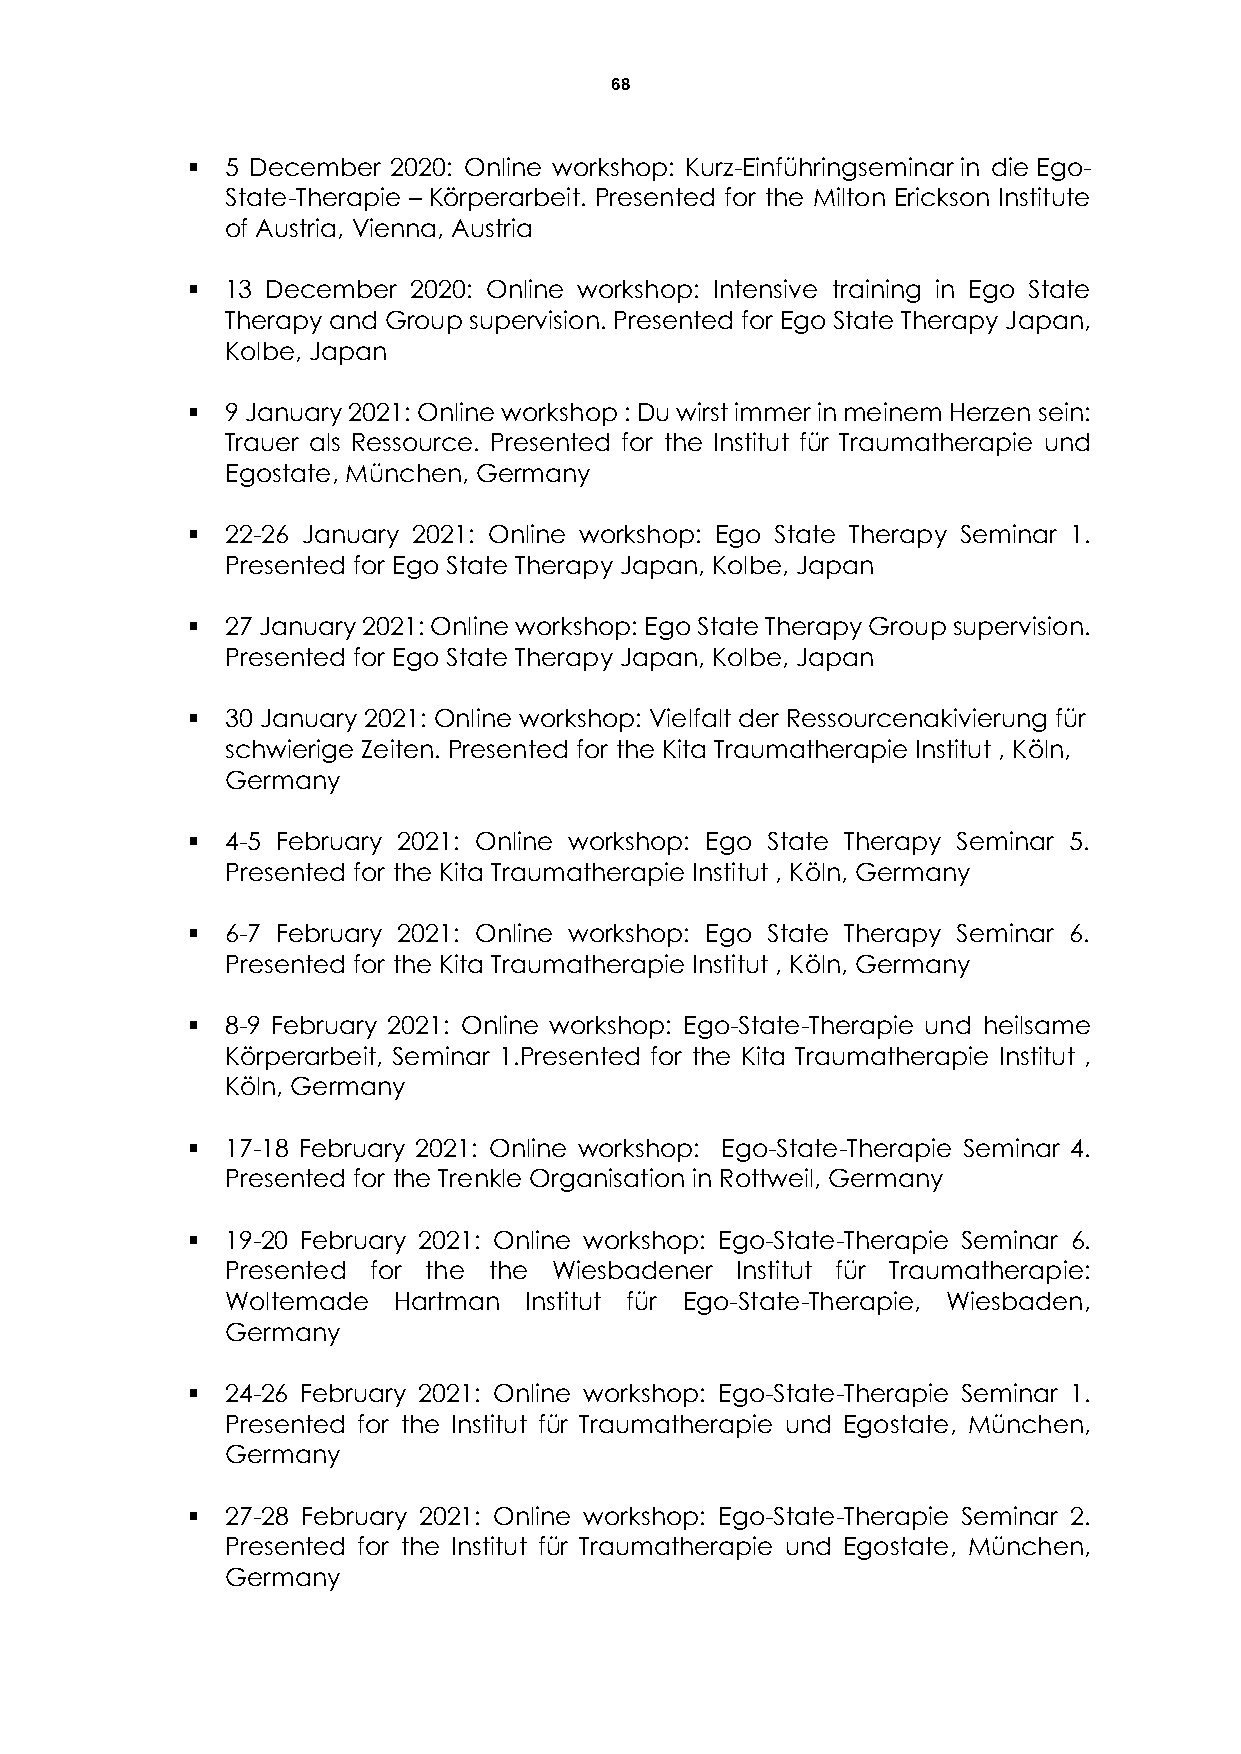
68
   5 December 2020: Online workshop: Kurz-Einführingseminar in die Ego-
 State-Therapie – Körperarbeit. Presented for the Milton Erickson Institute
 of Austria, Vienna, Austria
   13 December 2020: Online workshop: Intensive training in Ego State
 Therapy and Group supervision. Presented for Ego State Therapy Japan,
 Kolbe, Japan
   9 January 2021: Online workshop : Du wirst immer in meinem Herzen sein:
 Trauer als Ressource. Presented for the Institut für Traumatherapie und
 Egostate, München, Germany
   22-26 January 2021: Online workshop: Ego State Therapy Seminar 1.
 Presented for Ego State Therapy Japan, Kolbe, Japan
   27 January 2021: Online workshop: Ego State Therapy Group supervision.
 Presented for Ego State Therapy Japan, Kolbe, Japan
   30 January 2021: Online workshop: Vielfalt der Ressourcenakivierung für
 schwierige Zeiten. Presented for the Kita Traumatherapie Institut , Köln,
 Germany
   4-5 February 2021: Online workshop: Ego State Therapy Seminar 5.
 Presented for the Kita Traumatherapie Institut , Köln, Germany
   6-7 February 2021: Online workshop: Ego State Therapy Seminar 6.
 Presented for the Kita Traumatherapie Institut , Köln, Germany
   8-9 February 2021: Online workshop: Ego-State-Therapie und heilsame
 Körperarbeit, Seminar 1.Presented for the Kita Traumatherapie Institut ,
 Köln, Germany
   17-18 February 2021: Online workshop: Ego-State-Therapie Seminar 4.
 Presented for the Trenkle Organisation in Rottweil, Germany
   19-20 February 2021: Online workshop: Ego-State-Therapie Seminar 6.
 Presented for the the Wiesbadener Institut für Traumatherapie:
 Woltemade  Hartman  Institut für Ego-State-Therapie, Wiesbaden,
 Germany
   24-26 February 2021: Online workshop: Ego-State-Therapie Seminar 1.
 Presented for the Institut für Traumatherapie und Egostate, München,
 Germany
   27-28 February 2021: Online workshop: Ego-State-Therapie Seminar 2.
 Presented for the Institut für Traumatherapie und Egostate, München,
 Germany